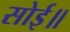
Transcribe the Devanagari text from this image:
सोई॥